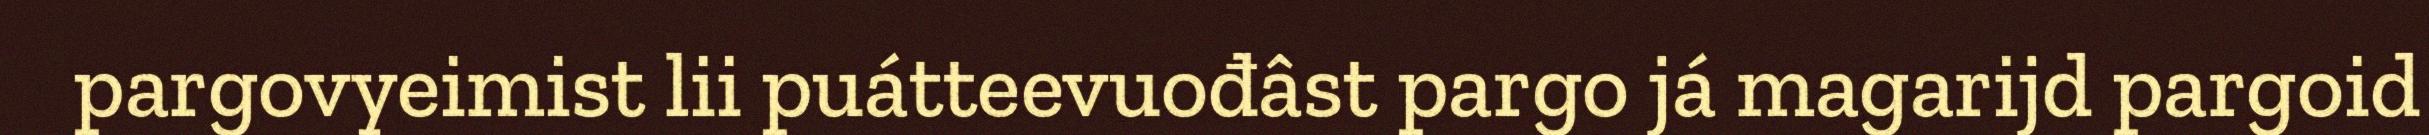
pargovyeimist lii puátteevuođâst pargo já magarijd pargoid